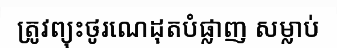
ត្រូវព្យុះថូរណេដុតបំផ្លាញ សម្លាប់